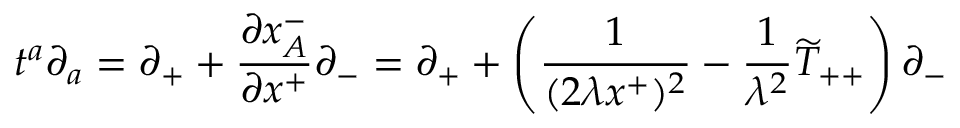
t ^ { a } \partial _ { a } = \partial _ { + } + \frac { \partial x _ { A } ^ { - } } { \partial x ^ { + } } \partial _ { - } = \partial _ { + } + \left( \frac { 1 } { ( 2 \lambda x ^ { + } ) ^ { 2 } } - { \frac { 1 } { \lambda ^ { 2 } } } \widetilde { T } _ { + + } \right) \partial _ { - }